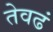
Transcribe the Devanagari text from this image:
तेवढं